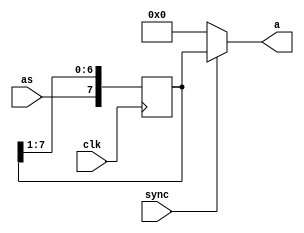
module sp(input wire as,
	  input wire 	    sync,
	  input wire 	    clk,
	  output wire [7:0] a);
  
   reg 	              [7:0] ra;
   
   always  @(posedge clk)
     ra <= {as, ra[7:1]};

   assign a  = sync ? ra : 8'b0;
     
  endmodule